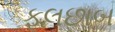
ફૂલછાબ